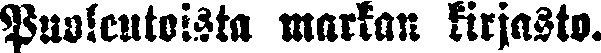
Puolentoista markan kirjasto.